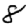
Digit: 8